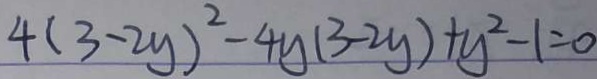
4 ( 3 - 2 y ) ^ { 2 } - 4 y ( 3 - 2 y ) + y ^ { 2 } - 1 = 0